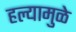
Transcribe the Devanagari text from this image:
हल्यामुळे